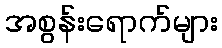
အစွန်းရောက်များ